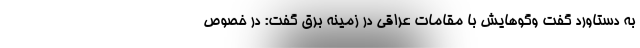
به دستاورد گفت وگوهایش با مقامات عراقی در زمینه برق گفت: در خصوص